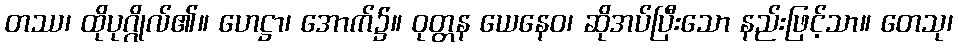
တဿ၊ ထိုပုဂ္ဂိုလ်၏။ ဟေဋ္ဌာ၊ အောက်၌။ ဝုတ္တန ယေနေဝ၊ ဆိုအပ်ပြီးသော နည်းဖြင့်သာ။ တေသု၊